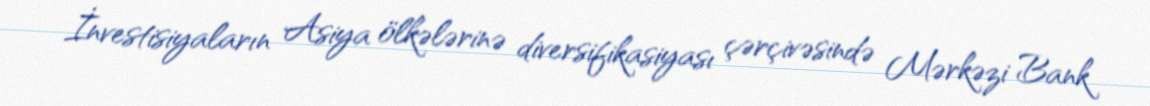
İnvestisiyaların Asiya ölkələrinə diversifikasiyası çərçivəsində Mərkəzi Bank